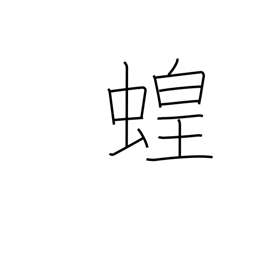
Meaning: locust